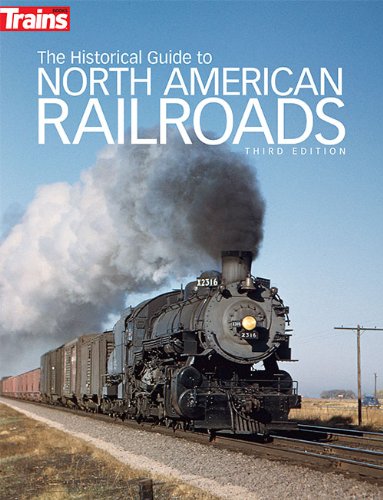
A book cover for The Historical Guide to North American Railroads, 3rd Edition (Trains Books); Trains magazine; Engineering & Transportation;